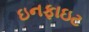
ઇનફાઇટ